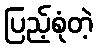
ပြည့်စုံတဲ့